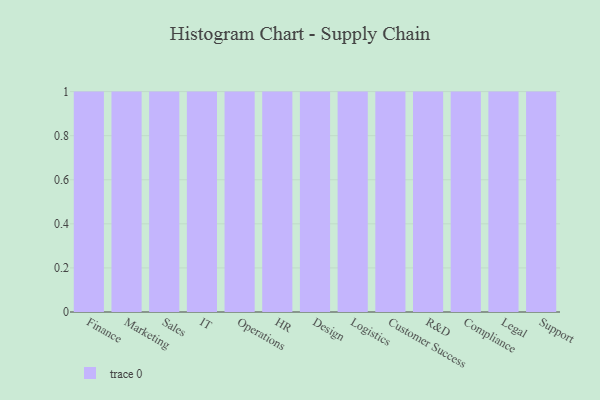
{"axis": {"x": "Department", "y": "Inventory Turnover"}, "legend": [""], "data": [{"x": "Finance", "y": 64, "type": ""}, {"x": "Marketing", "y": 72, "type": ""}, {"x": "Sales", "y": 51, "type": ""}, {"x": "IT", "y": 64, "type": ""}, {"x": "Operations", "y": 92, "type": ""}, {"x": "HR", "y": 25, "type": ""}, {"x": "Design", "y": 51, "type": ""}, {"x": "Logistics", "y": 65, "type": ""}, {"x": "Customer Success", "y": 10, "type": ""}, {"x": "R&D", "y": 39, "type": ""}, {"x": "Compliance", "y": 14, "type": ""}, {"x": "Legal", "y": 32, "type": ""}, {"x": "Support", "y": 77, "type": ""}]}